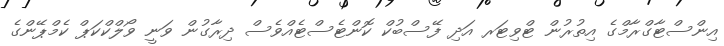
އިންސްޓާގްރާމްގެ އިތުރުން ޓްވިޓަރ އަދި ފޭސްބުކް ކޮންޓެސްޓެއްވެސް ދިރާގުން ވަނީ ވޯލްކްކަޕް ކެމްޕޭންގެ